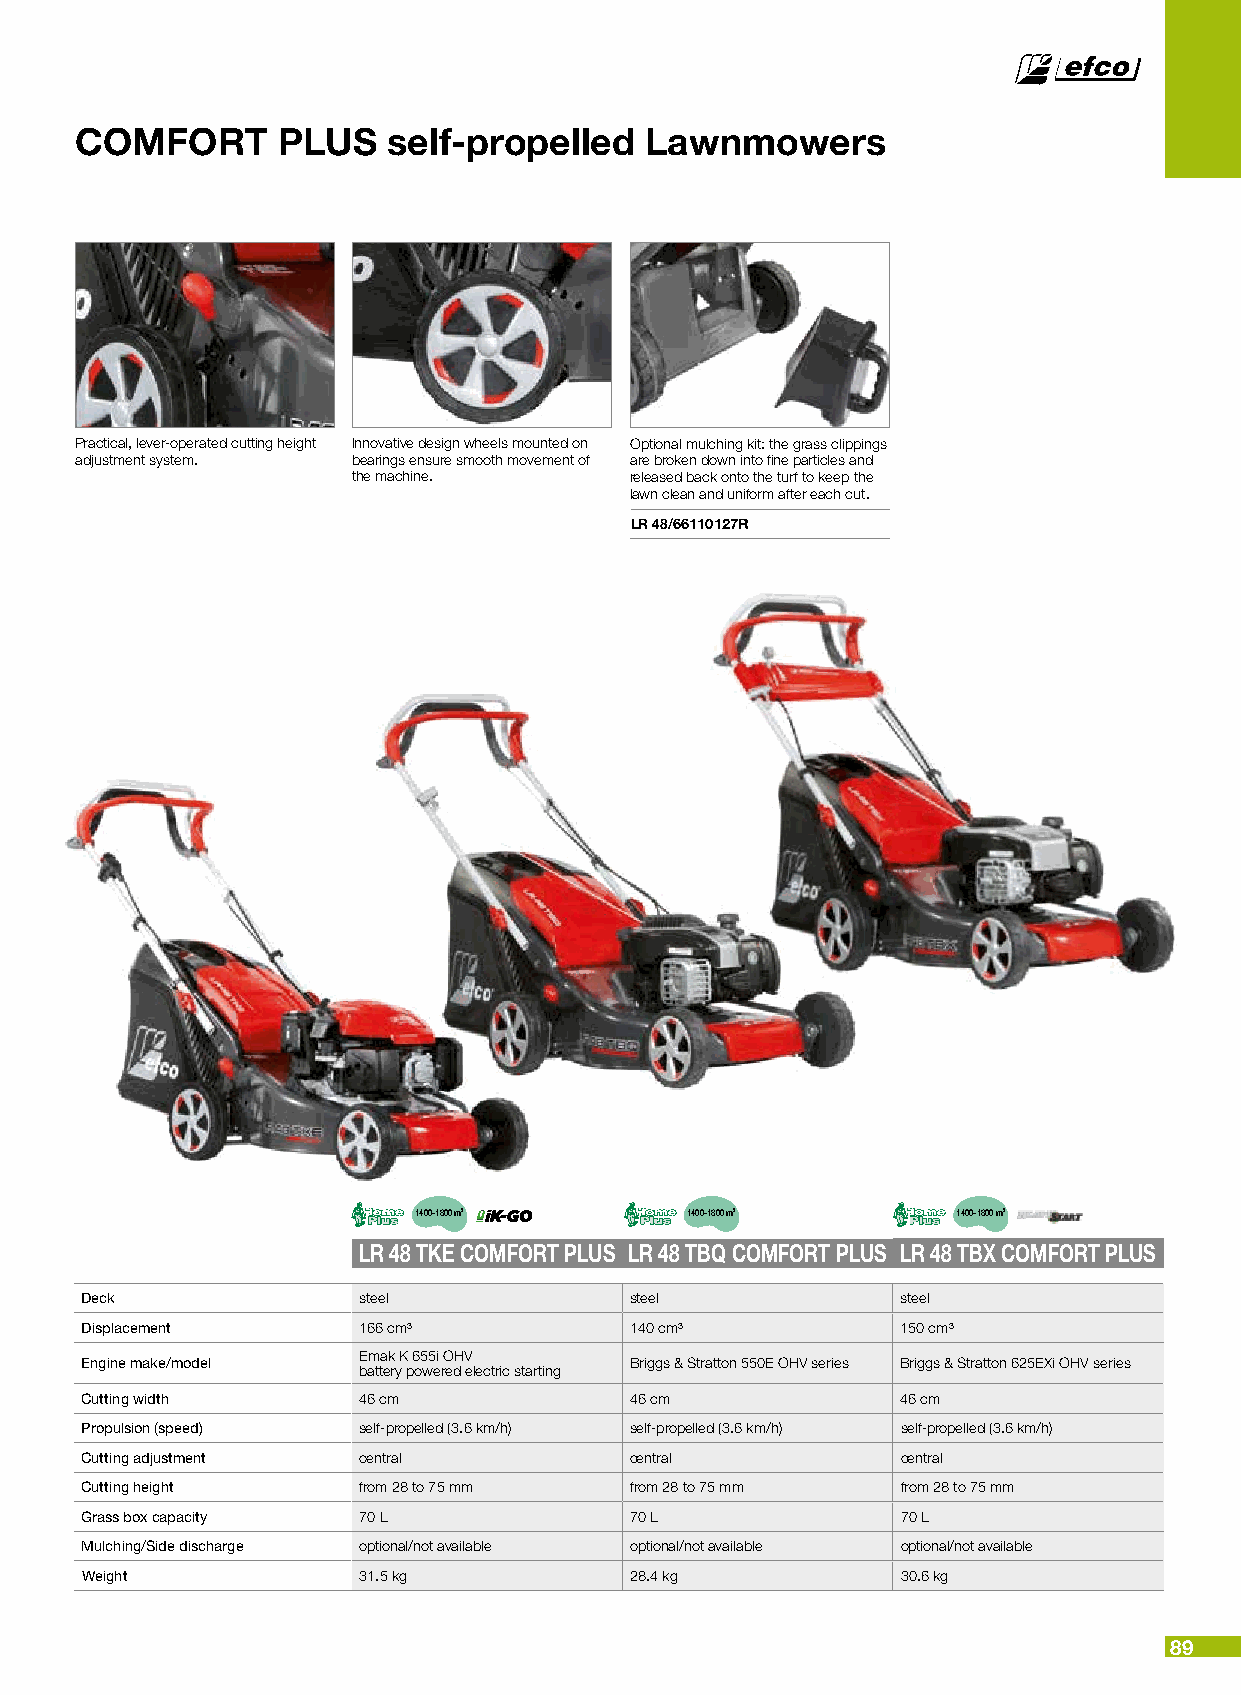
COMFORT      PLUS    self-propelled   Lawnmowers
 Practical, lever-operated cutting height Innovative design wheels mounted on Optional mulching kit: the grass clippings
 adjustment system. bearings ensure smooth movement of are broken down into fine particles and
 the machine.       released back onto the turf to keep the
 lawn clean and uniform after each cut.
 LR 48/66110127R
 1400-1800 m2      1400-1800 m2      1400-1800 m2
 LR 48 TKE COMFORT PLUS LR 48 TBQ COMFORT PLUS LR 48 TBX COMFORT PLUS
 Deck               steel             steel             steel
 Displacement       166 cm³           140 cm³           150 cm³
 Emak K 655i OHV
 Engine make/model                    Briggs & Stratton 550E OHV series Briggs & Stratton 625EXi OHV series
 battery powered electric starting
 Cutting width      46 cm             46 cm             46 cm
 Propulsion (speed) self-propelled (3.6 km/h) self-propelled (3.6 km/h) self-propelled (3.6 km/h)
 Cutting adjustment central           central           central
 Cutting height     from 28 to 75 mm  from 28 to 75 mm  from 28 to 75 mm
 Grass box capacity 70 L              70 L              70 L
 Mulching/Side discharge optional/not available optional/not available optional/not available
 Weight             31.5 kg           28.4 kg           30.6 kg
 89